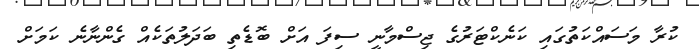
ކުރާ މަސައްކަތުގައި ކަނެކްޓަރުގެ ޖިސްމާނީ ސިފަ އަށް ބޮޑެތި ބަދަލުތަކެއް ގެންނާނެ ކަމަށް